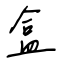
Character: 盒